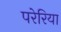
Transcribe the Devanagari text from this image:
परेरिया